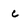
Character: c